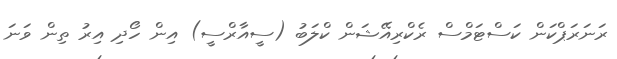
ރަނަރަޕްކަން ކަސްޓަމްސް ރެކްރިއޭޝަން ކްލަބު (ސީއާރްސީ) އިން ހޯދި އިރު ތިން ވަނަ